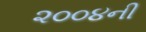
૨૦૦૪ની